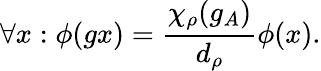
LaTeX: \forall x:\phi(gx)=\frac{\chi_{\rho}(g_{A})}{d_{\rho}}\phi(x).